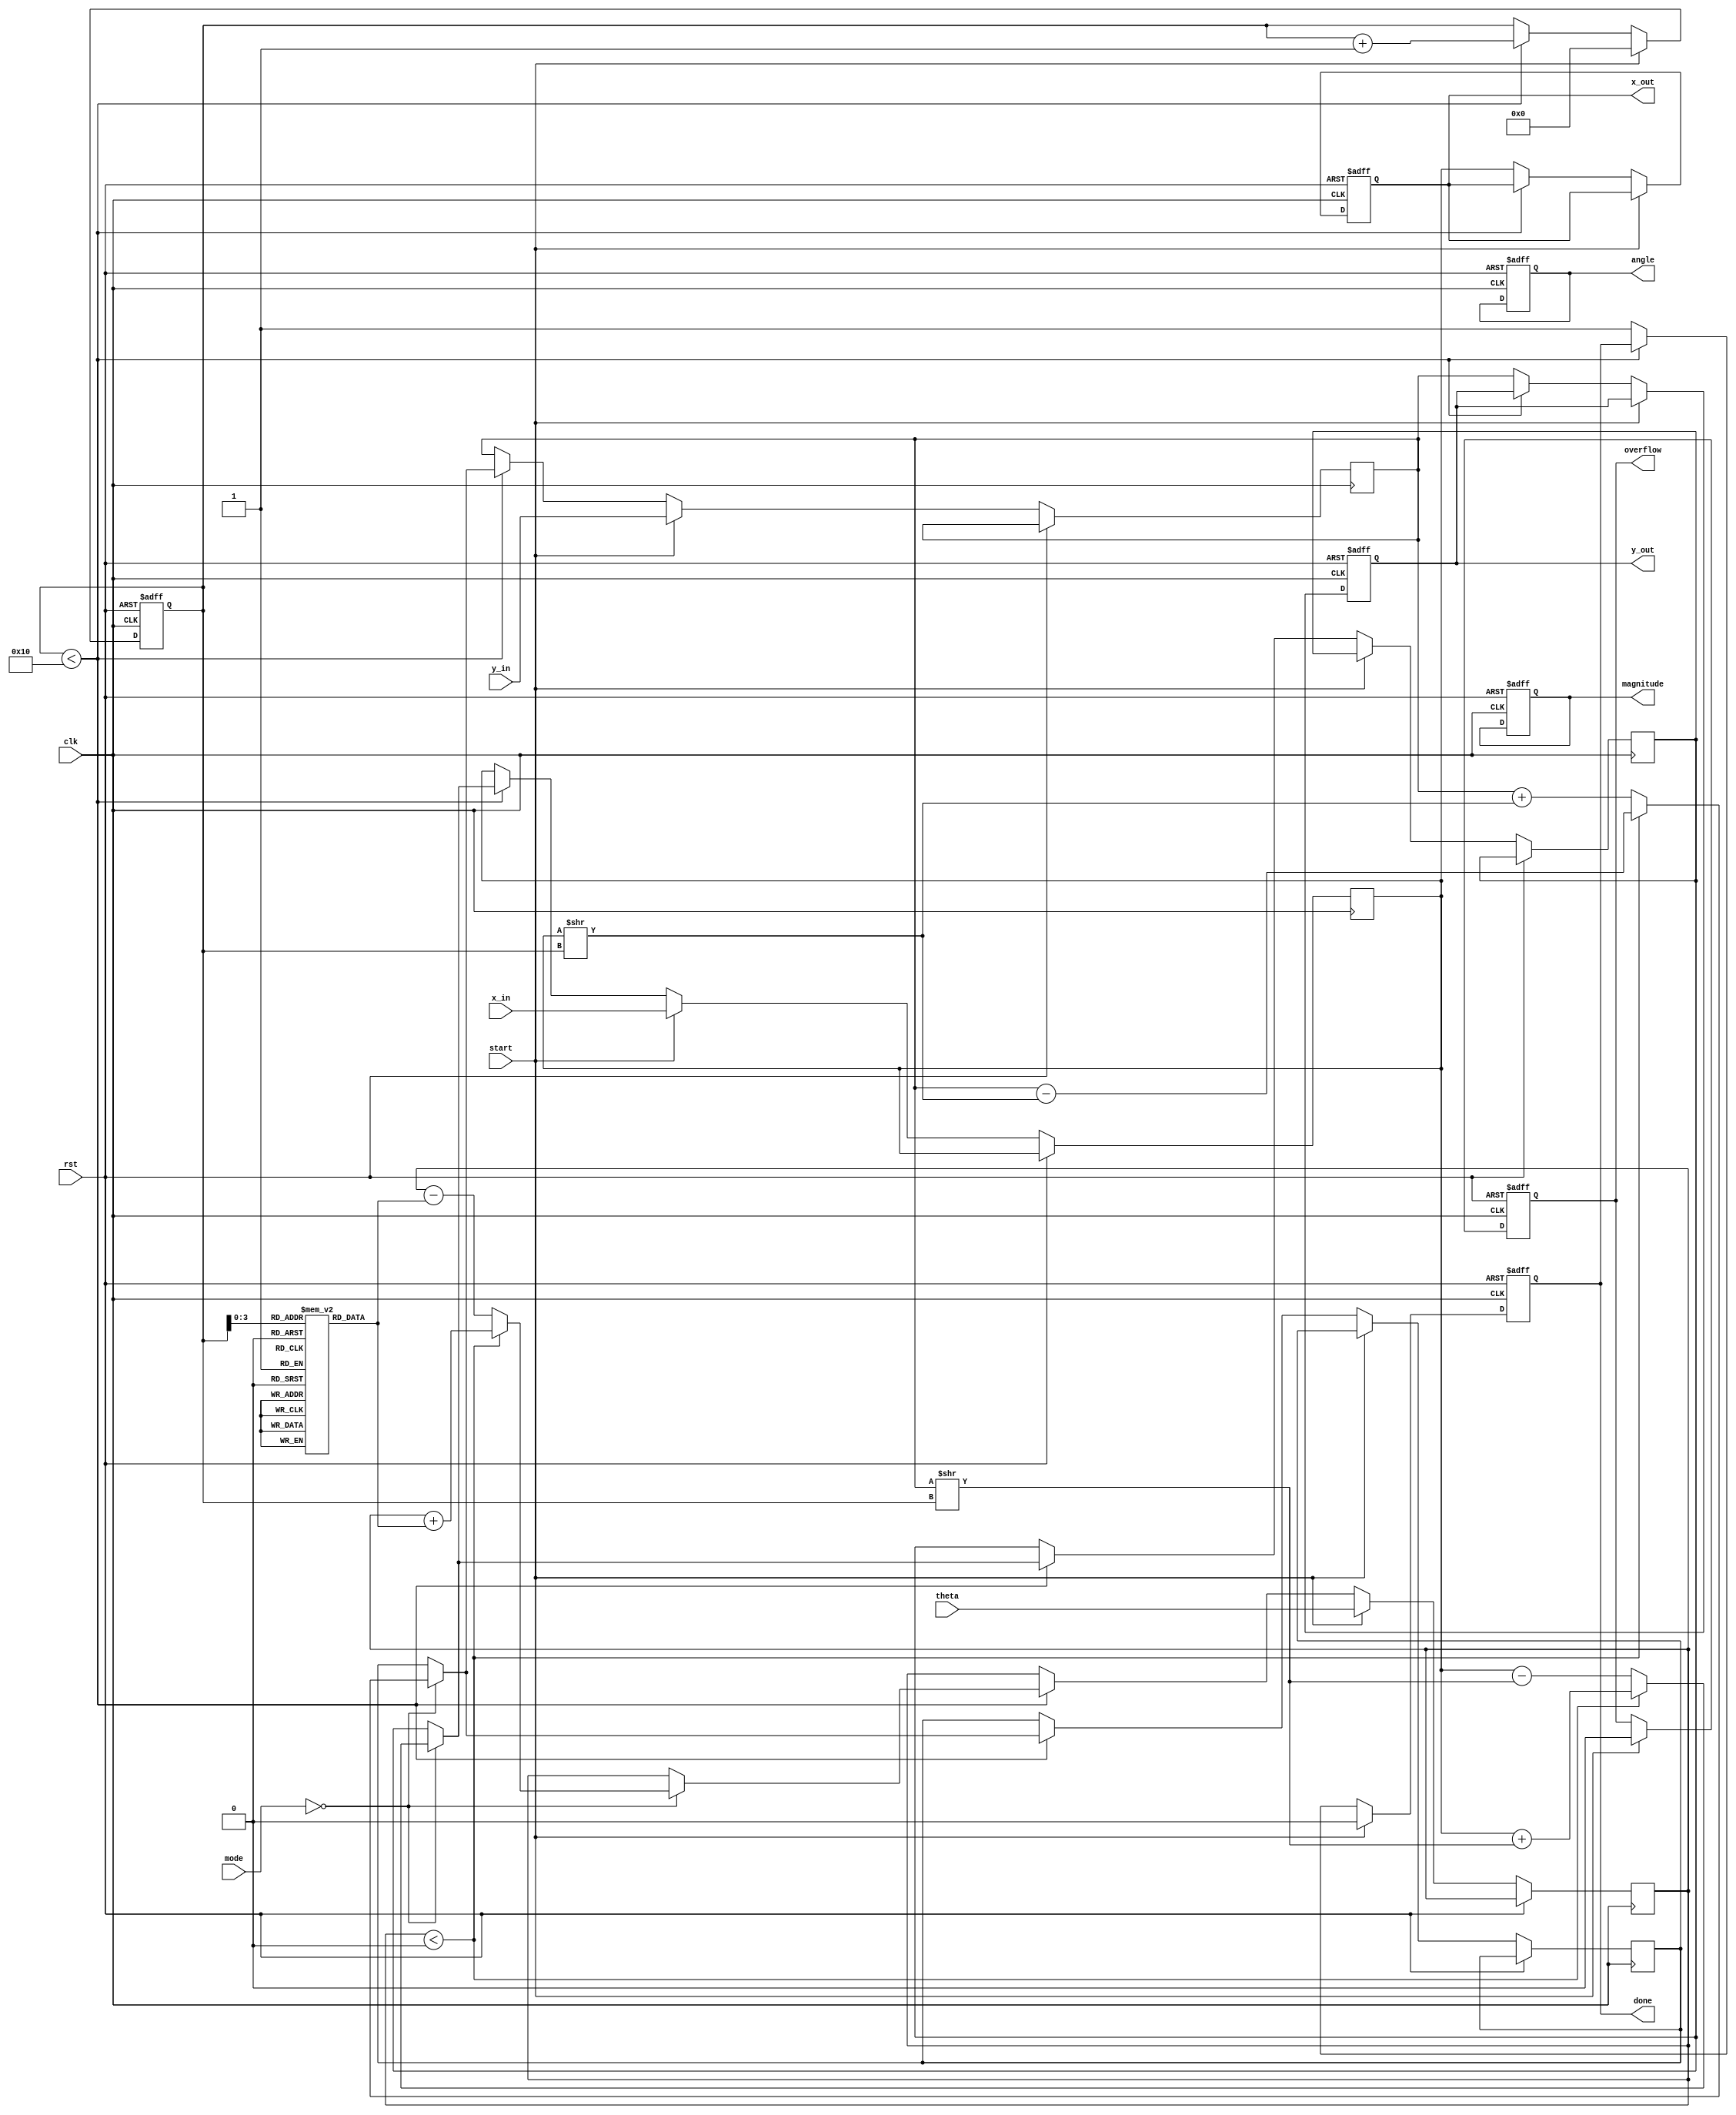
module unified_cordic #(
    parameter WORD_LENGTH = 16,  // Configurable word length
    parameter ITERATIONS = 16     // Number of iterations for CORDIC
)(
    input  wire clk,
    input  wire rst,
    input  wire start,
    input  wire [WORD_LENGTH-1:0] x_in,  // Input X
    input  wire [WORD_LENGTH-1:0] y_in,  // Input Y
    input  wire [WORD_LENGTH-1:0] theta,  // Input angle
    input  wire [2:0] mode,               // Operation mode (rotation, vectoring, multiplication, division)
    output reg [WORD_LENGTH-1:0] x_out,   // Output X
    output reg [WORD_LENGTH-1:0] y_out,   // Output Y
    output reg [WORD_LENGTH-1:0] magnitude, // Output magnitude (for vectoring mode)
    output reg [WORD_LENGTH-1:0] angle,    // Output angle (for vectoring mode)
    output reg done,                       // Operation done signal
    output reg overflow                    // Overflow detection
);

    // Parameters for CORDIC rotation angles
    reg [WORD_LENGTH-1:0] atan_table [0:ITERATIONS-1];
    initial begin
        // Initialize arctangent lookup table (for simplicity, values are hardcoded)
        atan_table[0] = 16'h2000; // atan(2^0)
        atan_table[1] = 16'h1000; // atan(2^-1)
        atan_table[2] = 16'h0800; // atan(2^-2)
        // Continue initializing for all iterations...
    end

    // Internal signals
    reg [WORD_LENGTH-1:0] x_reg, y_reg, z_reg;
    reg [4:0] iteration_count; // Counter for iterations
    reg [WORD_LENGTH-1:0] x_temp, y_temp;

    // Control logic
    always @(posedge clk or posedge rst) begin
        if (rst) begin
            x_out <= 0;
            y_out <= 0;
            magnitude <= 0;
            angle <= 0;
            done <= 0;
            overflow <= 0;
            iteration_count <= 0;
        end else if (start) begin
            x_reg <= x_in;
            y_reg <= y_in;
            z_reg <= theta;
            iteration_count <= 0;
            done <= 0;
            overflow <= 0;
        end else if (iteration_count < ITERATIONS) begin
            // CORDIC iteration logic
            if (mode == 3'b000) begin // Rotation mode
                if (z_reg < 0) begin
                    x_temp = x_reg + (y_reg >> iteration_count);
                    y_temp = y_reg - (x_reg >> iteration_count);
                    z_reg = z_reg + atan_table[iteration_count];
                end else begin
                    x_temp = x_reg - (y_reg >> iteration_count);
                    y_temp = y_reg + (x_reg >> iteration_count);
                    z_reg = z_reg - atan_table[iteration_count];
                end
            end else if (mode == 3'b001) begin // Vectoring mode
                // Vectoring logic
                // Similar to rotation but computes magnitude and angle
            end else if (mode == 3'b010) begin // Multiplication mode
                // Multiplication logic using CORDIC
            end else if (mode == 3'b011) begin // Division mode
                // Division logic using CORDIC
            end

            // Update registers
            x_reg <= x_temp;
            y_reg <= y_temp;
            iteration_count <= iteration_count + 1;

        end else begin
            // Final output assignment
            x_out <= x_reg;
            y_out <= y_reg;
            done <= 1;
        end
    end

endmodule